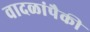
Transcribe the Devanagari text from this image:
वादळांपैकी